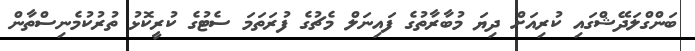
ބަންގްލަދޭޝްގައި ކުރިއަށް ދިޔަ މުބާރާތުގެ ފައިނަލް މެޗުގެ ފުރަތަމަ ސެޓުގެ ކުރީކޮޅު ތުރުކުމެނިސްތާން